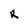
Character: R